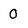
Character: O